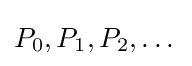
P_{0},P_{1},P_{2},\dots